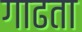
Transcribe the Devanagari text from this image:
गाढता